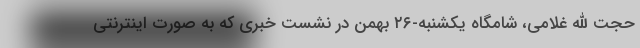
حجت الله غلامی، شامگاه یکشنبه-۲۶ بهمن در نشست خبری که به صورت اینترنتی